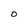
Character: O